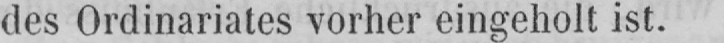
des Ordinariates vorher eingeholt ist.